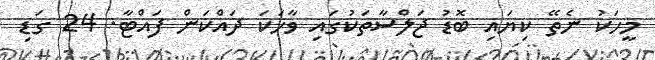
މީހަކު ނެތޭ ކިޔައި ބޮޑު ޖަލްސާތަކުގައި ވާހަކަ ދައްކަން ފައްޓާ. 24 ގަޑި